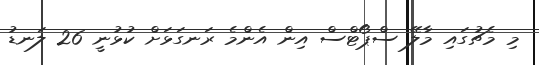
މި މެޗުގައި މާލޭ ސްޕޯޓްސް އިން އެންމެ ރަނގަޅަށް ކުޅުނީ 26 ލަނޑު